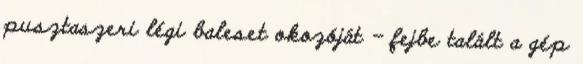
pusztaszeri légi baleset okozóját - fejbe talált a gép